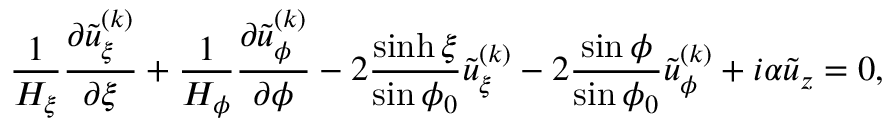
\frac { 1 } { H _ { \xi } } \frac { \partial \tilde { u } _ { \xi } ^ { ( k ) } } { \partial \xi } + \frac { 1 } { H _ { \phi } } \frac { \partial \tilde { u } _ { \phi } ^ { ( k ) } } { \partial \phi } - 2 \frac { \sinh \xi } { \sin \phi _ { 0 } } \tilde { u } _ { \xi } ^ { ( k ) } - 2 \frac { \sin \phi } { \sin \phi _ { 0 } } \tilde { u } _ { \phi } ^ { ( k ) } + i \alpha \tilde { u } _ { z } = 0 ,